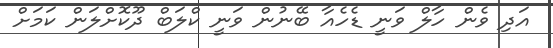
އަދި ވެން ހާލް ވަނީ ޑެހެއާ ބޭނުން ވަނީ ކްލަބް ދޫކޮށްލަން ކަމަށް